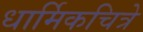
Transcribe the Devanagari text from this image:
धार्मिकचित्रे